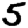
Digit: 5